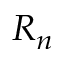
R _ { n }